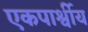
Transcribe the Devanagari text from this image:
एकपार्श्वीय